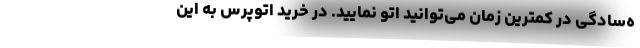
ه‌سادگی در کمترین زمان می‌توانید اتو نمایید. در خرید اتوپرس به این